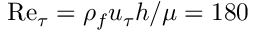
\mathrm { R e } _ { \tau } = \rho _ { f } u _ { \tau } h / \mu = 1 8 0